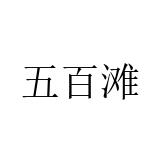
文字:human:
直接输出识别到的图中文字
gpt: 五百滩